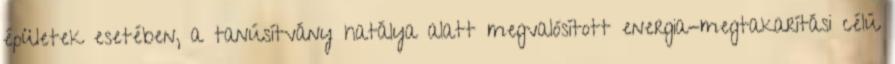
épületek esetében, a tanúsítvány hatálya alatt megvalósított energia-megtakarítási célú